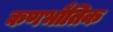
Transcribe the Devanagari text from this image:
कणभौतिक